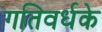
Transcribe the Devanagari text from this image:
गतिवर्धके